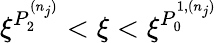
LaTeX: \xi^{P_{2}^{(n_{j})}}<\xi<\xi^{P_{0}^{1,(n_{j})}}